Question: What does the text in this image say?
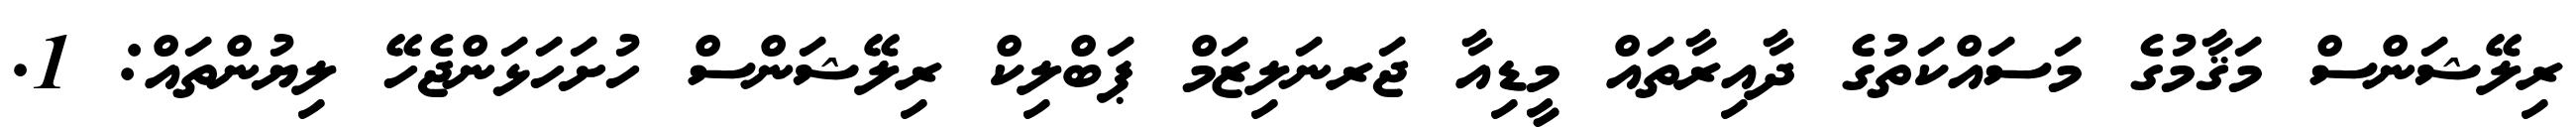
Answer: ރިލޭޝަންސް މަޤާމުގެ މަސައްކަތުގެ ދާއިރާތައް މީޑިއާ ޖަރނަލިޒަމް ޕަބްލިކް ރިލޭޝަންސް ހުށަހަޅަންޖެހޭ ލިޔުންތައް: 1.